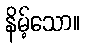
နိမ့်သော။